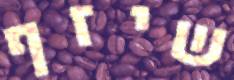
שיזף